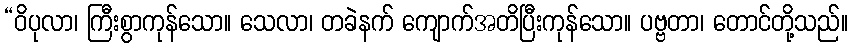
“ဝိပုလာ၊ ကြီးစွာကုန်သော။ သေလာ၊ တခဲနက် ကျောက်အတိပြီးကုန်သော။ ပဗ္ဗတာ၊ တောင်တို့သည်။